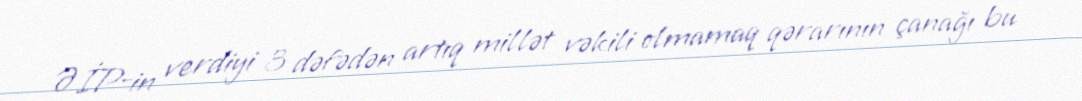
ƏİP-in verdiyi 3 dəfədən artıq millət vəkili olmamaq qərarının çanağı bu